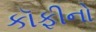
કૉફીનો